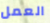
العمل